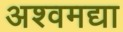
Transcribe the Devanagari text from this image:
अश्वमद्या